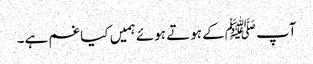
آپ ﷺکے ہوتے ہوئے ہمیں کیا غم ہے۔